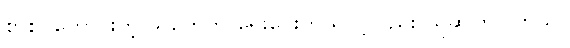
စာစပ်ကောင်းတဲ့ သူတွေက ရေးပေးတယ်လို့လည်း ယူဆကြပါတယ်။